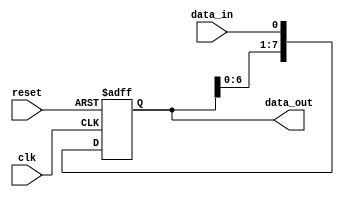
module SIPO_shift_register (
    input wire clk,
    input wire reset,
    input wire data_in,
    output reg [7:0] data_out
);

reg [7:0] shift_reg;

always @(posedge clk or posedge reset) begin
    if (reset)
        shift_reg <= 8'b00000000;
    else begin
        shift_reg <= {shift_reg[6:0], data_in};
    end
end

assign data_out = shift_reg;

endmodule